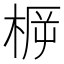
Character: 𣓣